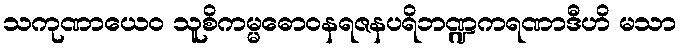
သကုဏာယေဝ သူစိကမ္မဓောဝနရဇနပရိဘဏ္ဍကရဏာဒီဟိ မသာ